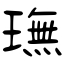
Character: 璑